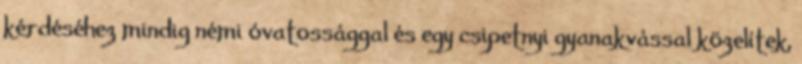
kérdéséhez mindig némi óvatossággal és egy csipetnyi gyanakvással közelítek,